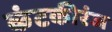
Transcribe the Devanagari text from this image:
कंटकीरंज